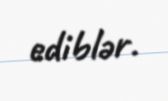
ediblər.